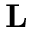
\textbf { L }